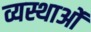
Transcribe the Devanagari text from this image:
व्यस्थाओं